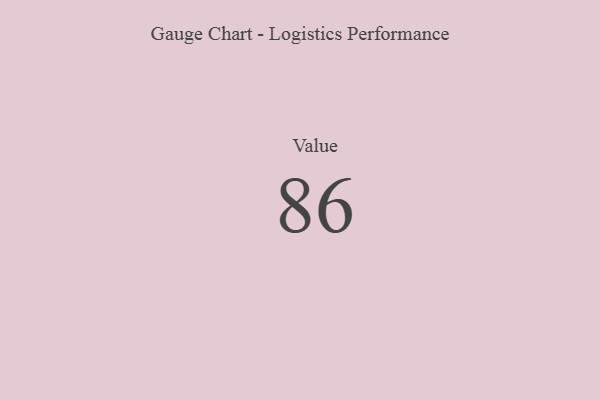
{"axis": {"x": "Metric", "y": "Value"}, "legend": [""], "data": [{"x": "Value", "y": 86, "type": ""}]}